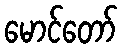
မောင်တော်